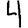
Digit: 4